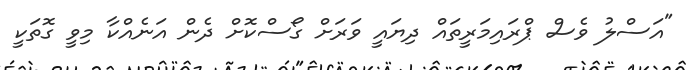
"އަސްލު ވެސް ޕްރައިމަރީތައް ދިޔައީ ވަރަށް ގޯސްކޮށް ދެން އަނެއްކާ މިވީ ގޮތަކީ